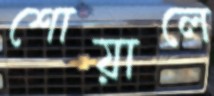
শোয়ালে